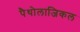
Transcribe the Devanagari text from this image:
पैथोलाजिकल